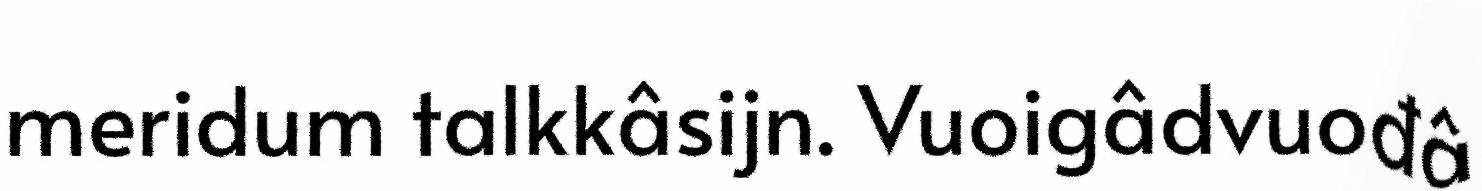
meridum talkkâsijn. Vuoigâdvuođâ